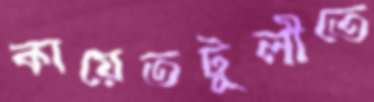
কায়েতটুলীতে